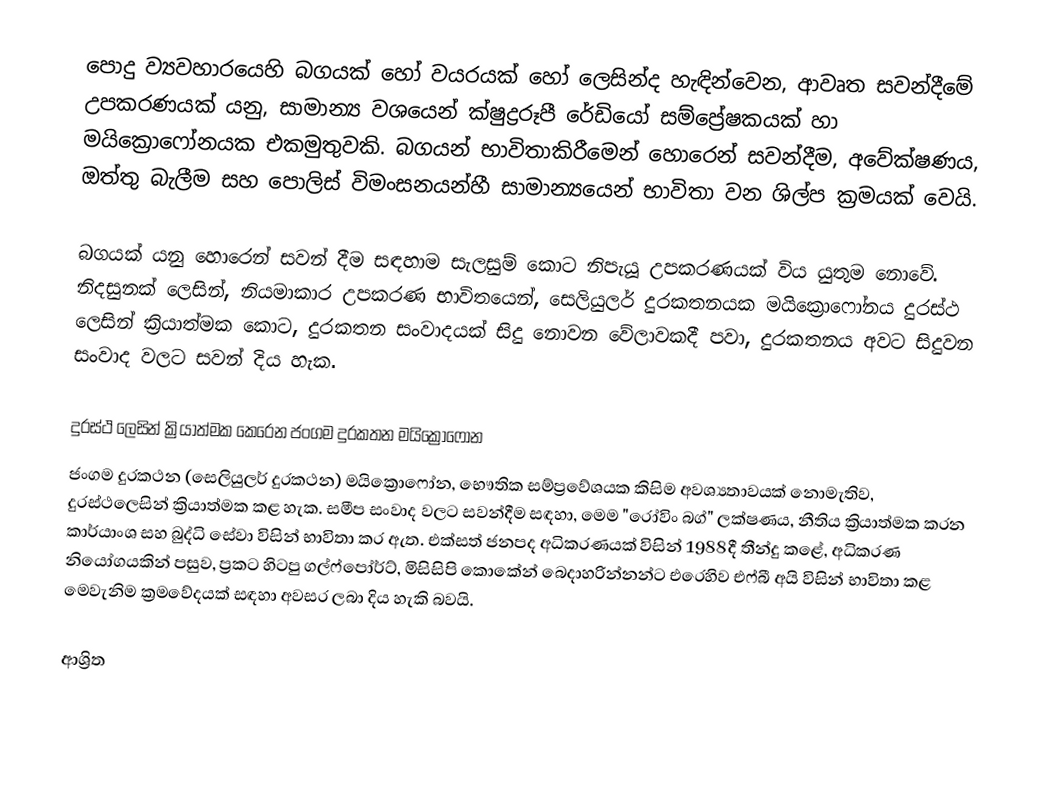
පොදු ව්‍යවහාරයෙහි බගයක් හෝ  වයරයක් හෝ ලෙසින්ද හැඳින්වෙන, ආවෘත සවන්දීමේ උපකරණයක් යනු, සාමාන්‍ය වශයෙන් ක්ෂුද්‍රරූපී රේඩියෝ සම්ප්‍රේෂකයක් හා මයික්‍රොෆෝනයක එකමුතුවකි. බගයන් භාවිතාකිරීමෙන්  හොරෙන් සවන්දීම, අවේක්ෂණය, ඔත්තු බැලීම සහ පොලිස් විමංසනයන්හී සාමාන්‍යයෙන්  භාවිතා වන ශිල්ප ක්‍රමයක් වෙයි. 

බගයක් යනු හොරෙන් සවන් දීම සඳහාම සැලසුම් කොට නිපැයූ උපකරණයක් විය යුතුම නොවේ. නිදසුනක් ලෙසින්, නියමාකාර උපකරණ භාවිතයෙන්, සෙලියුලර් දුරකතනයක මයික්‍රොෆෝනය දුරස්ථ ලෙසින් ක්‍රියාත්මක කොට, දුරකතන සංවාදයක් සිදු නොවන වේලාවකදී පවා, දුරකතනය අවට සිදුවන සංවාද වලට සවන් දිය හැක.

දුරස්ථ ලෙසින් ක්‍රියාත්මක කෙරෙන ජංගම දුරකතන මයික්‍රොෆෝන
ජංගම දුරකථන (සෙලියුලර් දුරකථන) මයික්‍රොෆෝන, භෞතික සම්ප්‍රවේශයක කිසිම අවශ්‍යතාවයක් නොමැතිව,  දුරස්ථලෙසින් ක්‍රියාත්මක කළ හැක.  සමීප සංවාද වලට සවන්දීම සඳහා, මෙම "රෝවිං බග්" ලක්ෂණය, නීතිය ක්‍රියාත්මක කරන කාර්යාංශ සහ බුද්ධි සේවා විසින් භාවිතා කර ඇත.  එක්සත් ජනපද අධිකරණයක් විසින් 1988දී තීන්දු කළේ, අධිකරණ නියෝගයකින් පසුව, ප්‍රකට හිටපු ගල්ෆ්පෝර්ට්, මිසිසිපි කොකේන් බෙදාහරින්නන්ට එරෙහිව එෆ්බී අයි  විසින් භාවිතා කළ මෙවැනිම ක්‍රමවේදයක් සඳහා අවසර ලබා දිය හැකි බවයි.

ආශ්‍රිත